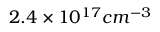
2 . 4 \times 1 0 ^ { 1 7 } c m ^ { - 3 }